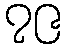
၇၉